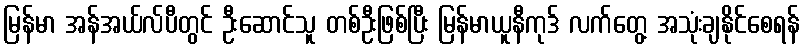
မြန်မာ အန်အယ်လ်ပီတွင် ဦးဆောင်သူ တစ်ဦးဖြစ်ပြီး မြန်မာယူနီကုဒ် လက်တွေ့ အသုံးချနိုင်စေရန်